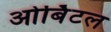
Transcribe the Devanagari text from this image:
ओर्बिटल